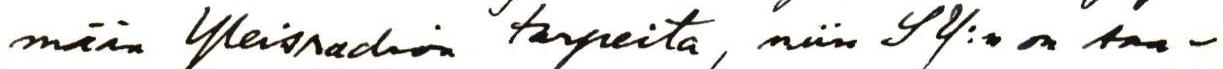
mään Yleisradion tarpeita, niin SY:n on saa-